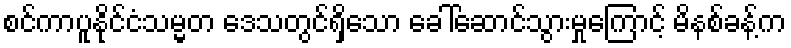
စင်ကာပူနိုင်ငံသမ္မတ ဒေသတွင်ရှိသော ခေါ်ဆောင်သွားမှုကြောင့် မိနစ်ခန့်က